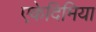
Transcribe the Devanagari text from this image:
एकेदिमिया